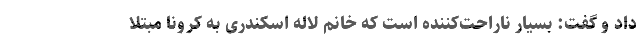
داد و گفت: بسیار ناراحت‌کننده است که خانم لاله اسکندری به کرونا مبتلا